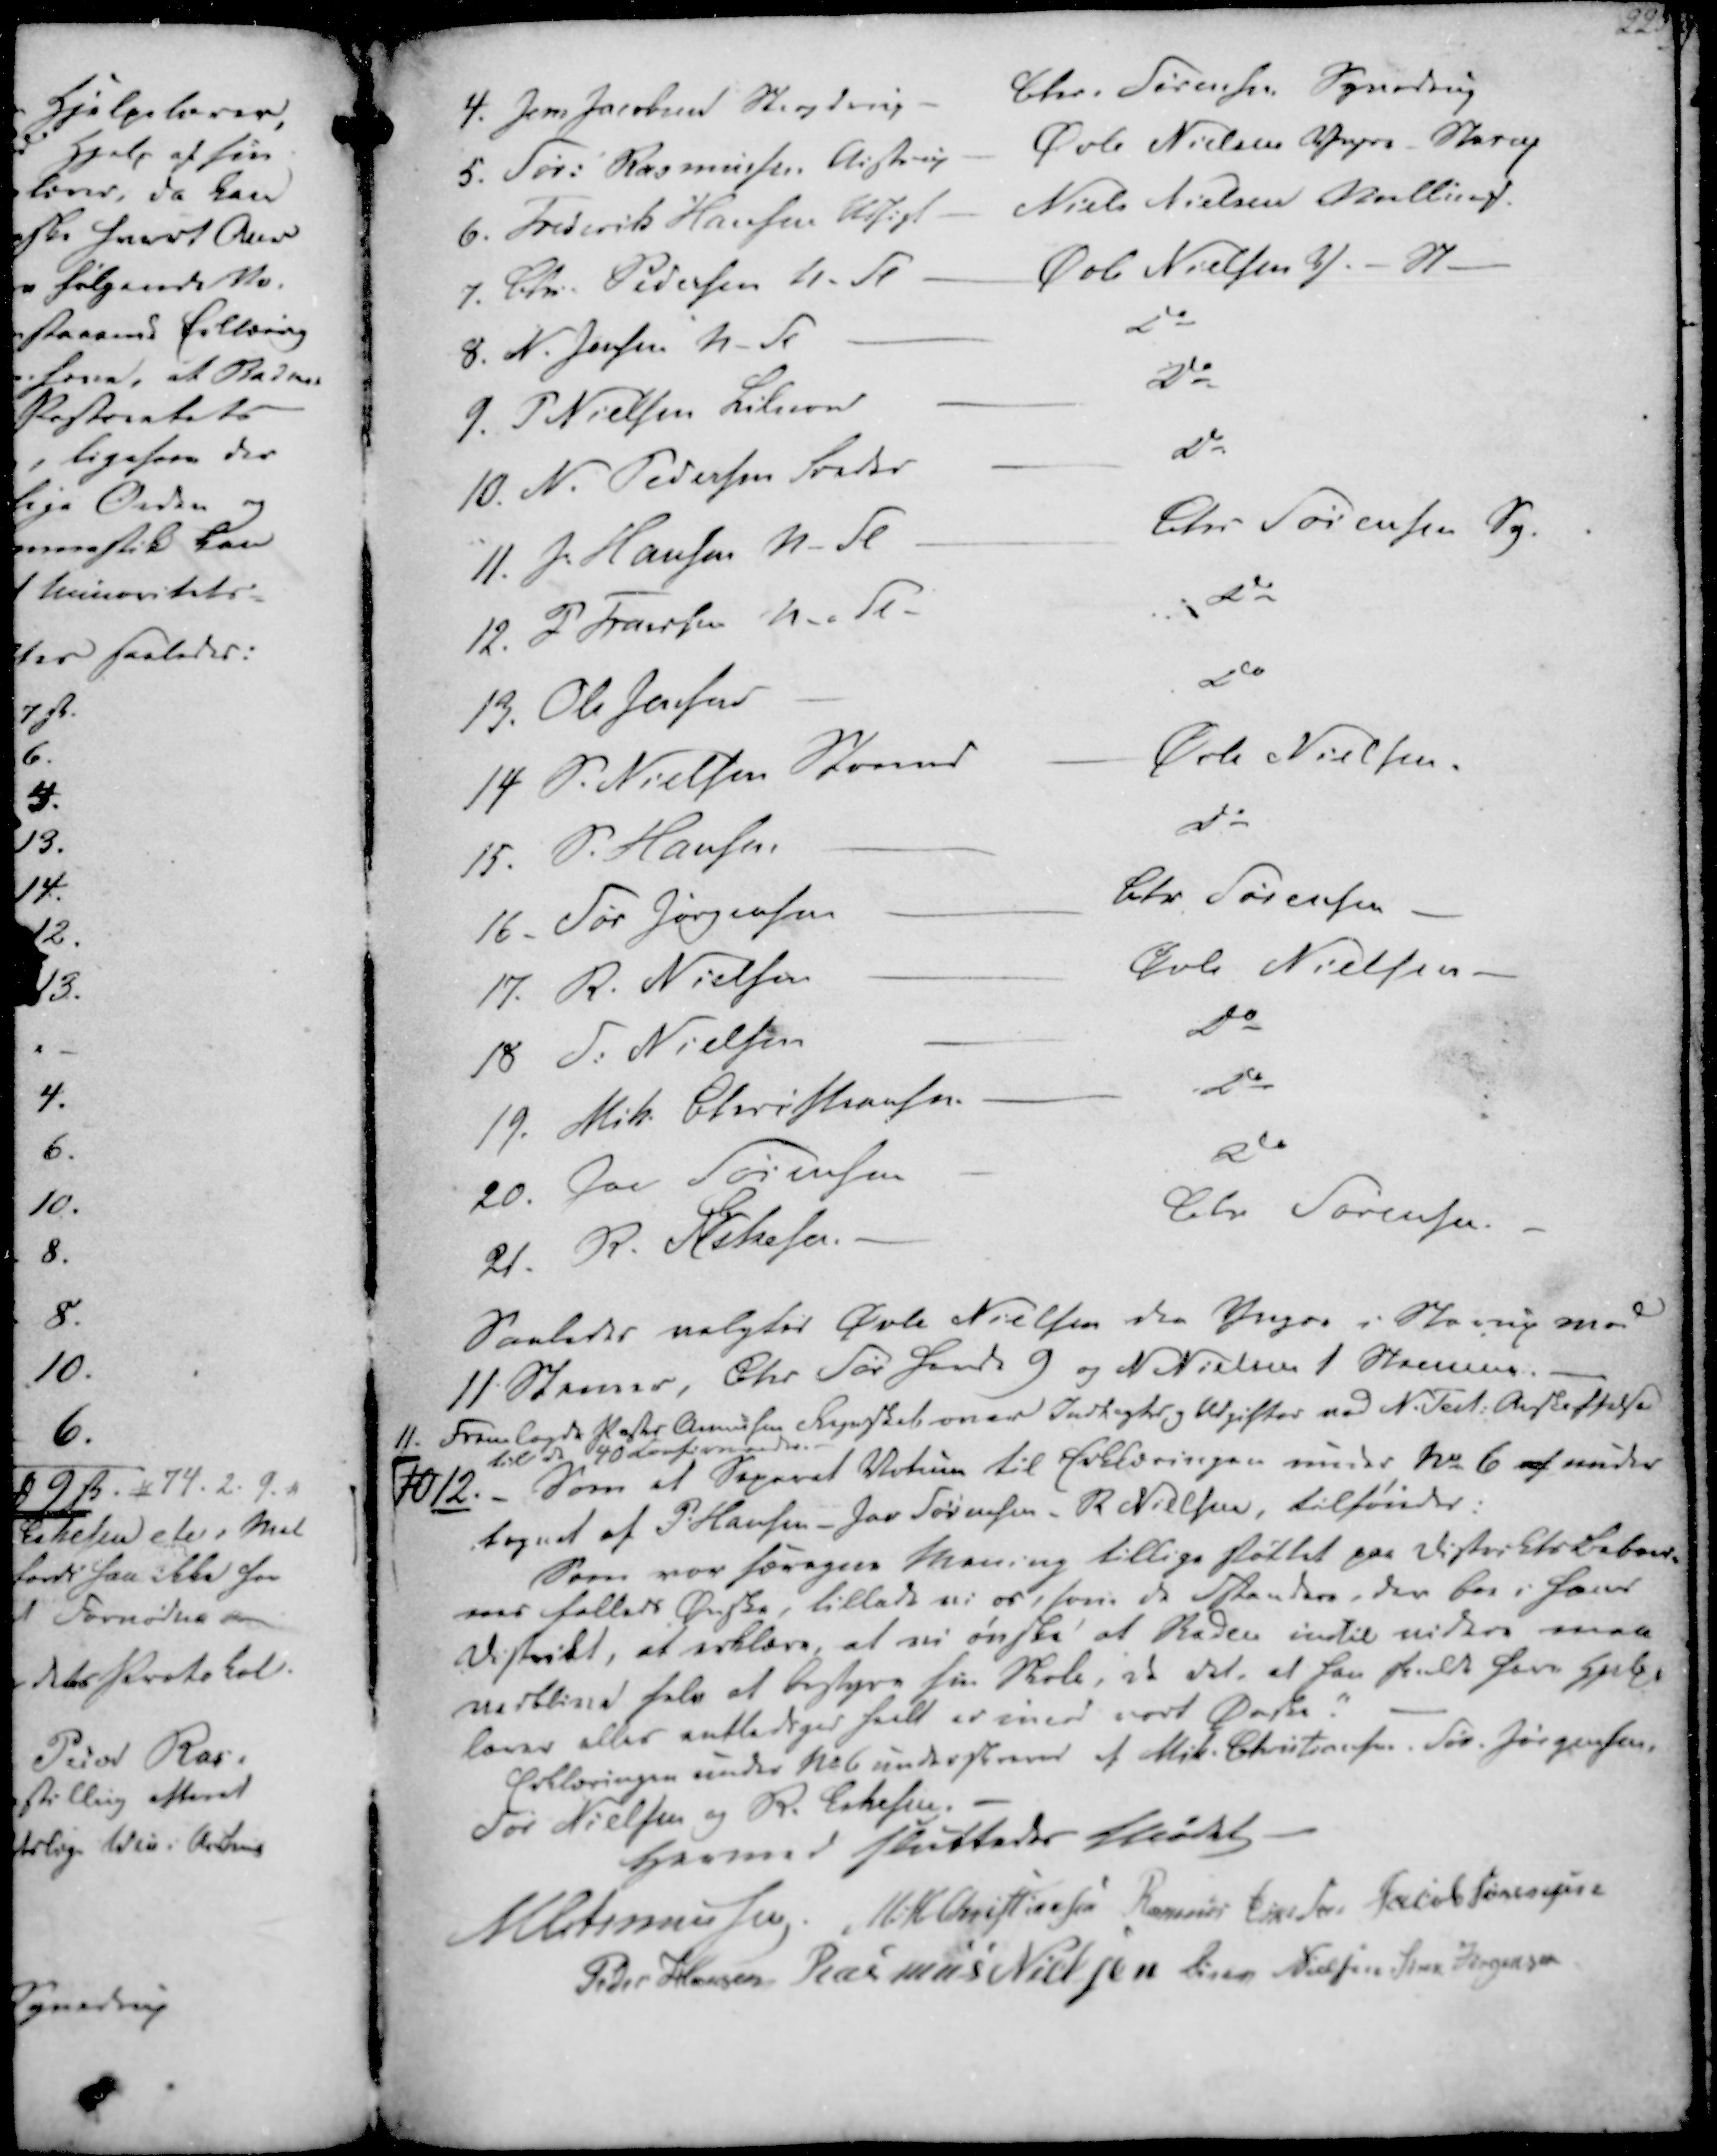
Transskription:
4. Jens Jacobsen Stavding - Chr. Sørensen Synedrup
5. Sør. Rasmussen Aistrup - Øvle Nielsen Yngre Starup
6. Frederik Hansen Udsigt - Niels Nielsen Malling.
7. Chr. Pedersen N-Fl - Øvle Nielsen Y.- St-
8. N. Jensen N-Fl
Do
9. P Nielsen Lilnord
Do
10. N. Pedersen Beder
Do
11. J. Hansen N-Fl
Chr Sørensen Sy.
12. P Fransen N-.Fl-
Do
13. Ole Jensen
Do
14 S. Nielsen Stornord
Øvle Nielsen.
15. S. Hansen
Do
16. Sør Jørgensen
Chr Sørensen
17. R. Nielsen
Øvle Nielsen
18 P. Nielsen
Do
19. Mik. Christiansen
Do
20. Jac Sørensen
Do
21. R. Eskesen.
Chr Sørensen. -

Saaledes valgtes Øvle Nielsen den Yngre i Starup med
11 Stemer, Chr Sør havde 9 og N Nielsen 1 Stemme.
11. Fremlagde Pastor Asmussen Regnskab over Indtægter og Udgifter ved N. Test. Anskaffelse
til de 40 Confirmander
1012. Som et Seperat Vetum til Erklæringen under No 6 af under
-tegnet af P. Hansen - Jac Sørensen - R. Nielsen, tilføiedes:
Som vor særegne Mening tillige støttet paa Distrikts Beboer-
nes fælleds Ønske, tillade vi os, som de Fstandere, der bor i hans
Distrikt, at erklære, at vi ønske at Baden indtil videre maa
vedblive selv at bestyre sin Skole, da det, at han skulde have Hjelpe
lærer eller entlediges heelt er imod vort Ønske."
Erklæringen under No 6 underskreves af Mik. Christiansen. Sør. Jørgensen,
Sør Nielsen og R. Eskesen.

Hermed sluttedes Mødet
M Asmussen
M. H. Christiansen
Rasmus Eskesen
Jacob Sørensen
Peder Hansen
Rasmus Nielsen
Søren Nielsen
Søren Jørgensen